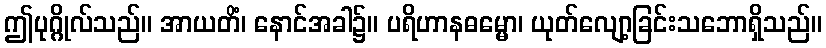
ဤပုဂ္ဂိုလ်သည်။ အာယတိံ၊ နောင်အခါ၌။ ပရိဟာနဓမ္မော၊ ယုတ်လျော့ခြင်းသဘောရှိသည်။